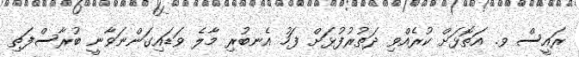
ރައީސް ވ. އަތޮޅަށް ކުރެއްވި ދަތުރުފުޅަށް ފަހު އެނބުރި މާލެ ވަޑައިގަންނަވާނީ ބުރާސްފަތި